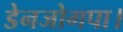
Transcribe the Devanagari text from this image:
डेनजोगपा।